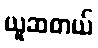
ယူဆတယ်